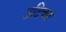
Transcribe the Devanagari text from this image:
उटिका